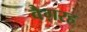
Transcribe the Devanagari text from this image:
वैग़रह